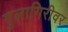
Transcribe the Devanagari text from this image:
गुलागिरीवर